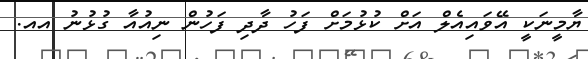
ޔާމީނަކީ އޭވައިއެލް އަށް ކުޅުމަށް ފަހު ދާދި ފަހުން ނިއުއާ ގުޅުނު އއ.